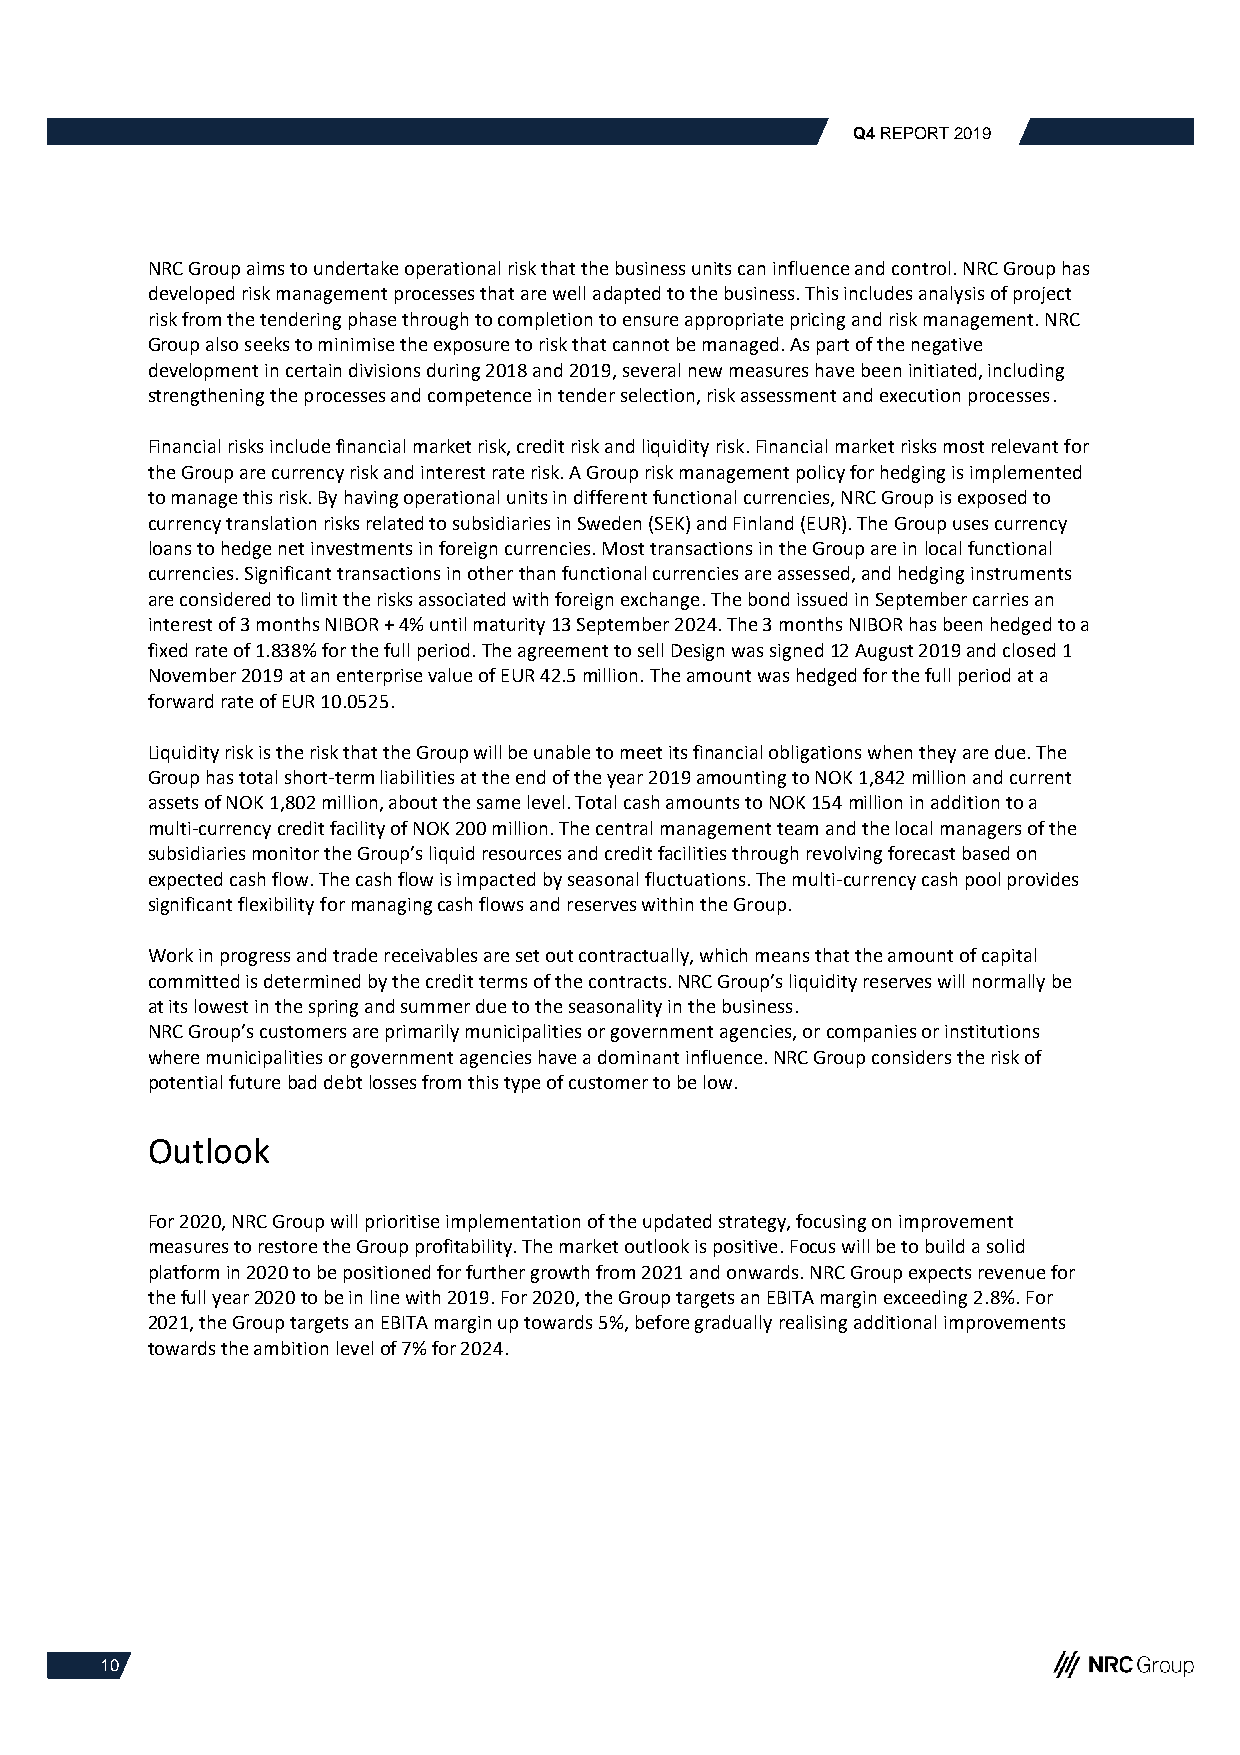
Q4 REPORT 2019
 NRC Group aims to undertake operational risk that the business units can influence and control. NRC Group has
 developed risk management processes that are well adapted to the business. This includes analysis of project
 risk from the tendering phase through to completion to ensure appropriate pricing and risk management. NRC
 Group also seeks to minimise the exposure to risk that cannot be managed. As part of the negative
 development in certain divisions during 2018 and 2019, several new measures have been initiated, including
 strengthening the processes and competence in tender selection, risk assessment and execution processes.
 Financial risks include financial market risk, credit risk and liquidity risk. Financial market risks most relevant for
 the Group are currency risk and interest rate risk. A Group risk management policy for hedging is implemented
 to manage this risk. By having operational units in different functional currencies, NRC Group is exposed to
 currency translation risks related to subsidiaries in Sweden (SEK) and Finland (EUR). The Group uses currency
 loans to hedge net investments in foreign currencies. Most transactions in the Group are in local functional
 currencies. Significant transactions in other than functional currencies are assessed, and hedging instruments
 are considered to limit the risks associated with foreign exchange. The bond issued in September carries an
 interest of 3 months NIBOR + 4% until maturity 13 September 2024. The 3 months NIBOR has been hedged to a
 fixed rate of 1.838% for the full period. The agreement to sell Design was signed 12 August 2019 and closed 1
 November 2019 at an enterprise value of EUR 42.5 million. The amount was hedged for the full period at a
 forward rate of EUR 10.0525.
 Liquidity risk is the risk that the Group will be unable to meet its financial obligations when they are due. The
 Group has total short-term liabilities at the end of the year 2019 amounting to NOK 1,842 million and current
 assets of NOK 1,802 million, about the same level. Total cash amounts to NOK 154 million in addition to a
 multi-currency credit facility of NOK 200 million. The central management team and the local managers of the
 subsidiaries monitor the Group’s liquid resources and credit facilities through revolving forecast based on
 expected cash flow. The cash flow is impacted by seasonal fluctuations. The multi-currency cash pool provides
 significant flexibility for managing cash flows and reserves within the Group.
 Work in progress and trade receivables are set out contractually, which means that the amount of capital
 committed is determined by the credit terms of the contracts. NRC Group’s liquidity reserves will normally be
 at its lowest in the spring and summer due to the seasonality in the business.
 NRC Group’s customers are primarily municipalities or government agencies, or companies or institutions
 where municipalities or government agencies have a dominant influence. NRC Group considers the risk of
 potential future bad debt losses from this type of customer to be low.
 Outlook
 For 2020, NRC Group will prioritise implementation of the updated strategy, focusing on improvement
 measures to restore the Group profitability. The market outlook is positive. Focus will be to build a solid
 platform in 2020 to be positioned for further growth from 2021 and onwards. NRC Group expects revenue for
 the full year 2020 to be in line with 2019. For 2020, the Group targets an EBITA margin exceeding 2.8%. For
 2021, the Group targets an EBITA margin up towards 5%, before gradually realising additional improvements
 towards the ambition level of 7% for 2024.
 10